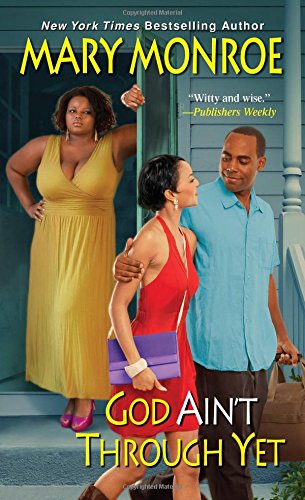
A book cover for God Ain't Through Yet; Mary Monroe; Romance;